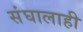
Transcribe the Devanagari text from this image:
संघालाही